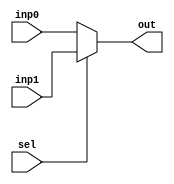
module mux2X1 (input [15:0] inp0,inp1 ,output[15:0]out,input sel);
  assign out = sel ? inp1 : inp0;
endmodule

module mux2 (input [2:0] inp0,inp1 ,output[2:0] out,input sel);
  assign out = sel ? inp1 : inp0;
endmodule